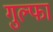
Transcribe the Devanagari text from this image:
गुल्फा